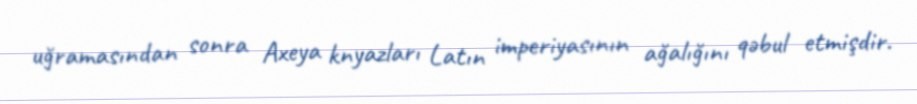
uğramasından sonra Axeya knyazları Latın imperiyasının ağalığını qəbul etmişdir.